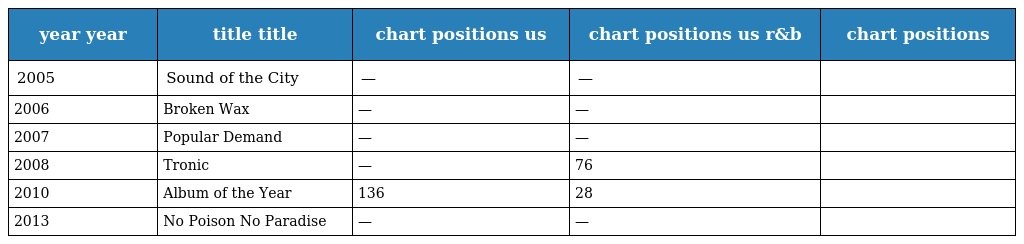
| year year | title title | chart positions us | chart positions us r&b | chart positions |
 | --- | --- | --- | --- | --- |
 | 2005 | Sound of the City | — | — |  |
 | 2006 | Broken Wax | — | — |  |
 | 2007 | Popular Demand | — | — |  |
 | 2008 | Tronic | — | 76 |  |
 | 2010 | Album of the Year | 136 | 28 |  |
 | 2013 | No Poison No Paradise | — | — |  |